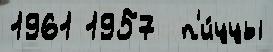
1961 1957  п'и́ццы